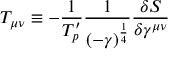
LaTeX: T _ { \mu \nu } \equiv - \frac { 1 } { T _ { p } ^ { \prime } } \frac { 1 } { ( - \gamma ) ^ { \frac { 1 } { 4 } } } \frac { \delta S } { \delta \gamma ^ { \mu \nu } }